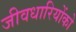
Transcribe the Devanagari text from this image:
जीवधारियोंको